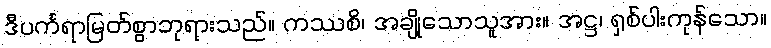
ဒီပင်္ကရာမြတ်စွာဘုရားသည်။ ကဿစိ၊ အချို့သောသူအား။ အဋ္ဌ၊ ရှစ်ပါးကုန်သော။